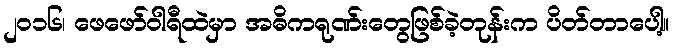
၂၀၁၆၊ ဖေဖော်ဝါရီထဲမှာ အဓိကရုဏ်းတွေဖြစ်ခဲ့တုန်းက ပိတ်တာပေါ့။